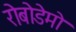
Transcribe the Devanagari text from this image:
रोबोडेमो